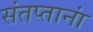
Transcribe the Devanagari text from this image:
संतप्तानां